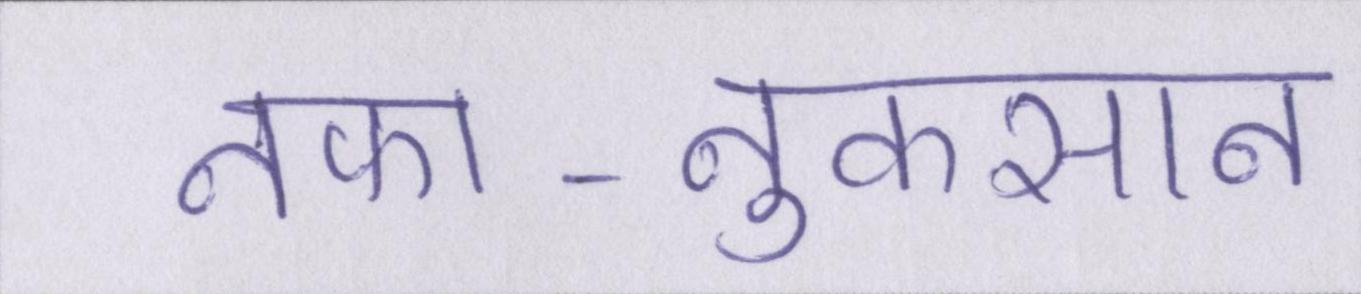
नफा-नुकसान